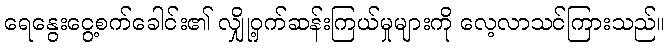
ရေနွေးငွေ့စက်ခေါင်း၏ လျှို့ဝှက်ဆန်းကြယ်မှုများကို လေ့လာသင်ကြားသည်။